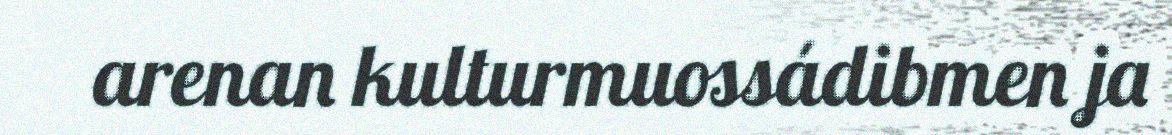
arenan kulturmuossádibmen ja